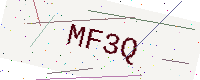
Text: MF3Q